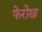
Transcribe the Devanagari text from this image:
फेरोख